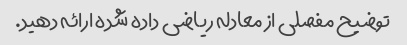
توضیح مفصلی از معادله ریاضی داده شده ارائه دهید.